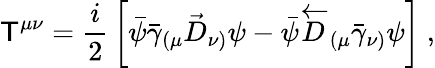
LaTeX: \mathsf{T}^{\mu\nu}={\frac{{i}}{{2}}}\left[\bar{{\psi}}\bar{{\gamma}}_{(\mu}\stackrel{\rightarrow}{D}_{\nu)}\psi-\bar{{\psi}}\stackrel{\leftarrow}{D}_{(\mu}\bar{{\gamma}}_{\nu)}\psi\right]~,